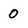
Character: 0